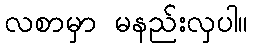
လစာမှာ မနည်းလှပါ။